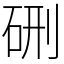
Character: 硎